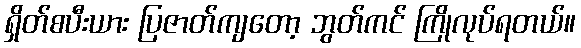
ရှိတ်စပီးယား ပြဇာတ်ကျတော့ ဘွတ်ကင် ကြိုလုပ်ရတယ်။